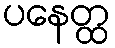
ပနေတ္ထ